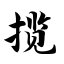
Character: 揽